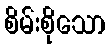
စိမ်းစိုသော